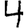
Digit: 4